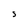
Character: S